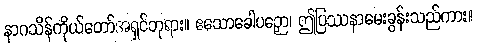
နာဂသိန်ကိုယ်တော်အရှင်ဘုရား။ ဧသောခေါပဉှော၊ ဤပြဿနာမေးခွန်းသည်ကား။